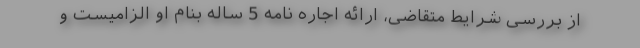
از بررسی شرایط متقاضی، ارائه اجاره نامه 5 ساله بنام او الزامیست و